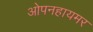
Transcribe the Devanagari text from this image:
ओपनहायमर